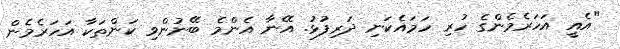
"އެއީ އަހަރެމެންގެ ހުރި ހަމައެކަނި ދަރިފުޅު. އޭނާ އެންމެ ބޭނުންވި ކަންތަކާ އަހަރެމެން